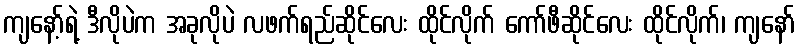
ကျနော့်ရဲ့ ဒီလိုပဲက အခုလိုပဲ လဖက်ရည်ဆိုင်လေး ထိုင်လိုက် ကော်ဖီဆိုင်လေး ထိုင်လိုက်၊ ကျနော်